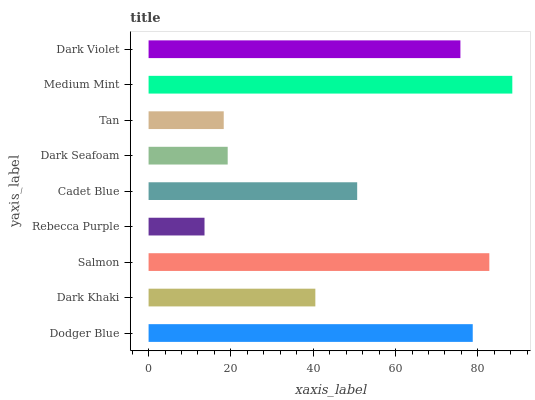
| yaxis_label | bars |
 | --- | --- |
 | Dodger Blue | 78.7 |
 | Dark Khaki | 40.5 |
 | Salmon | 82.8 |
 | Rebecca Purple | 13.6 |
 | Cadet Blue | 50.7 |
 | Dark Seafoam | 19.2 |
 | Tan | 18.3 |
 | Medium Mint | 88.4 |
 | Dark Violet | 75.8 |